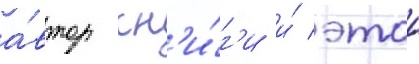
а́втор кн'и́г'и и́ этои